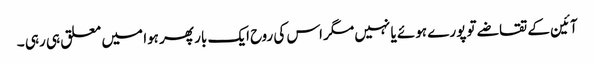
آئین کے تقاضے تو پورے ہوئے یا نہیں مگر اس کی روح ایک بار پھر ہوا میں معلق ہی رہی ۔